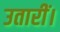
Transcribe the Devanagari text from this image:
उतारीं।